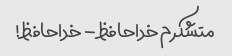
متشکرم خداحافظ - خداحافظ!